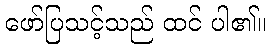
ဖော်ပြသင့်သည် ထင် ပါ၏။